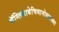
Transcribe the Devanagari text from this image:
मॅग्लियाबेचियानोसारख्या